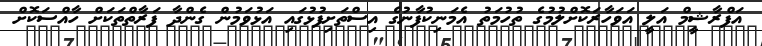
އަފްރާޝީމް އަލީ އަވަހާރަކޮށްލުމުގެ ތުހުމަތު އެމަނިކުފާނުގެ އިސްތަށިފުޅުގައި އަޅުވަމުން ގެންދާ ފަރާތްތަކަށް ހާއްސަކޮށް